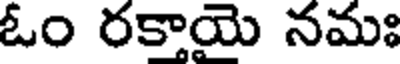
ఓం రకాయె నమః